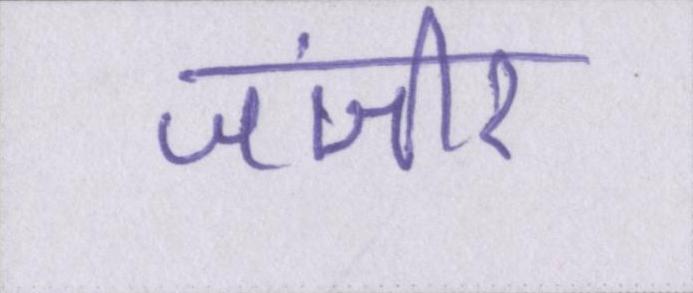
जंजीर